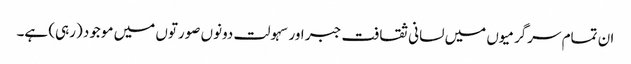
ان تمام سرگرمیوں میں لسانی ثقافت جبر اور سہولت دونوں صورتوں میں موجود (رہی) ہے۔